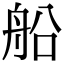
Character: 船